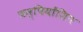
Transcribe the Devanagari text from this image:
चम्पियाँशिप